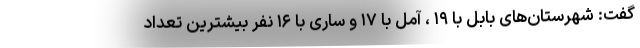
گفت: شهرستان‌های بابل با ۱۹ ، آمل با ۱۷ و ساری با ۱۶ نفر بیشترین تعداد